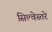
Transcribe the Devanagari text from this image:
सिल्वेस्तरे